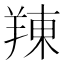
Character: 䍶